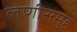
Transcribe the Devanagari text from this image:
लेणीसमुह